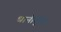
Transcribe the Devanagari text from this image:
धानीगुच्द